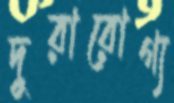
দুরারোগ্য